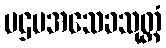
ပဌမအသေခသုတ္တံ